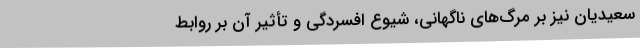
سعیدیان نیز بر مرگ‌های ناگهانی، شیوع افسردگی و تأثیر آن بر روابط